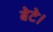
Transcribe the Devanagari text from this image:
बेटे।